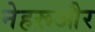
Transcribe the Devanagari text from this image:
नेहरूऔर